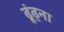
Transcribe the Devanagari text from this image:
ढूंढ्ना